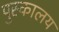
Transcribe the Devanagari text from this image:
पुस्‍कालय